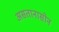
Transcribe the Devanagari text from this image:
असतानासोन